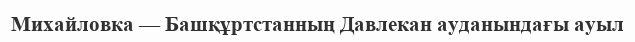
Михайловка — Башқұртстанның Давлекан ауданындағы ауыл